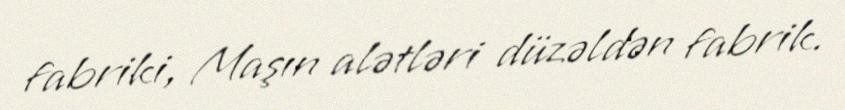
fabriki, Maşın alətləri düzəldən fabrik.